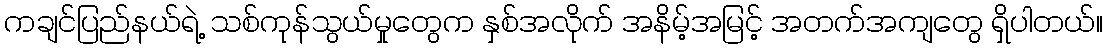
ကချင်ပြည်နယ်ရဲ့ သစ်ကုန်သွယ်မှုတွေက နှစ်အလိုက် အနိမ့်အမြင့် အတက်အကျတွေ ရှိပါတယ်။